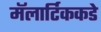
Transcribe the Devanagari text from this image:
मॅलार्टिककडे